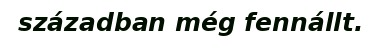
században még fennállt.